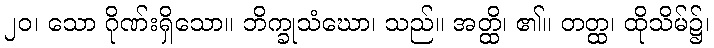
၂၀၊ သော ဂိုဏ်းရှိသော။ ဘိက္ခုသံဃော၊ သည်။ အတ္ထိ၊ ၏။ တတ္ထ၊ ထိုသိမ်၌၊